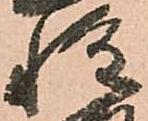
惶